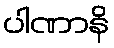
ပါဏာနိ